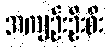
အကျဉ်းဦးစီး